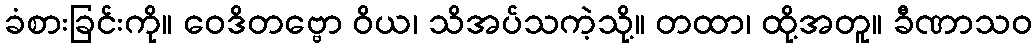
ခံစားခြင်းကို။ ဝေဒိတဗ္ဗော ဝိယ၊ သိအပ်သကဲ့သို့။ တထာ၊ ထို့အတူ။ ခီဏာသဝ